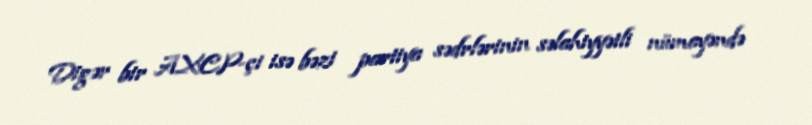
Digər bir AXCP-çi isə bəzi partiya sədrlərinin səlahiyyətli nümayəndə